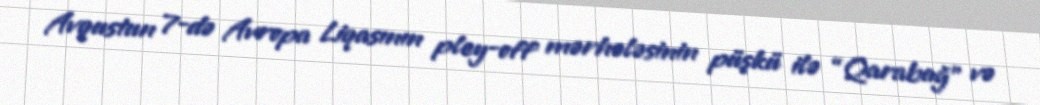
Avqustun 7-də Avropa Liqasının pley-off mərhələsinin püşkü ilə “Qarabağ” və